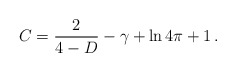
\begin{align*}C=\frac{2}{4-D}-\gamma+\ln 4\pi +1\, .\end{align*}